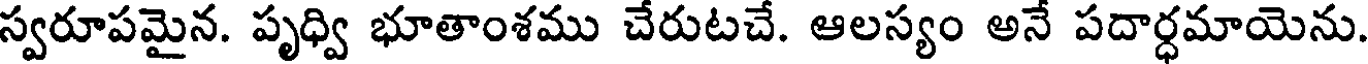
స్వరూపమైన. పృధ్వి భూతాంశము చేరుటచే. ఆలస్యం అనే పదార్ధమాయెను.